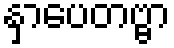
နှာပေတဗ္ဗာ